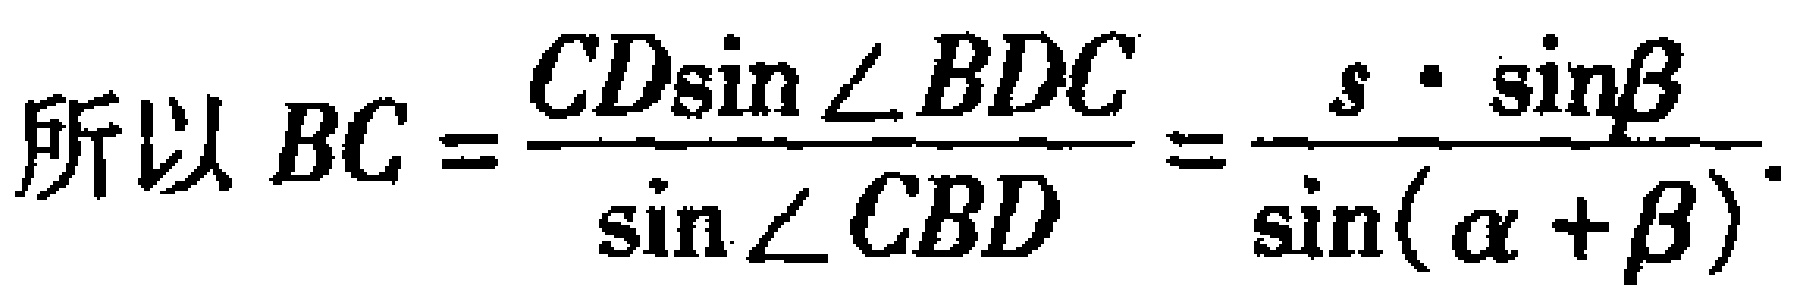
所以 \(BC = \frac{CD\sin\angle BDC}{\sin\angle CBD}=\frac{s\cdot\sin\beta}{\sin(\alpha + \beta)}\)。